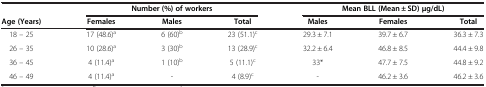
<table><thead><tr><td><b> </b></td><td colspan="3"><b>Number (%) of workers</b></td><td colspan="3"><b>Mean BLL (Mean ± SD) μg/dL)</b></td></tr><tr><td><b>Age (Years)</b></td><td><b>Females</b></td><td><b>Males</b></td><td><b>Total</b></td><td><b>Males</b></td><td><b>Females</b></td><td><b>Total</b></td></tr></thead><tbody><tr><td>18 – 25</td><td>17 (48.6)<sup>a</sup></td><td>6 (60)<sup>b</sup></td><td>23 (51.1)<sup>c</sup></td><td>29.3 ± 7.1</td><td>39.7 ± 6.7</td><td>36.3 ± 7.3</td></tr><tr><td>26 – 35</td><td>10 (28.6)<sup>a</sup></td><td>3 (30)<sup>b</sup></td><td>13 (28.9)<sup>c</sup></td><td>32.2 ± 6.4</td><td>46.8 ± 8.5</td><td>44.4 ± 9.8</td></tr><tr><td>36 – 45</td><td>4 (11.4)<sup>a</sup></td><td>1 (10)<sup>b</sup></td><td>5 (11.1)<sup>c</sup></td><td>33*</td><td>47.7 ± 7.5</td><td>44.8 ± 9.2</td></tr><tr><td>46 – 49</td><td>4 (11.4)<sup>a</sup></td><td>-</td><td>4 (8.9)<sup>c</sup></td><td>-</td><td>46.2 ± 3.6</td><td>46.2 ± 3.6</td></tr></tbody></table>